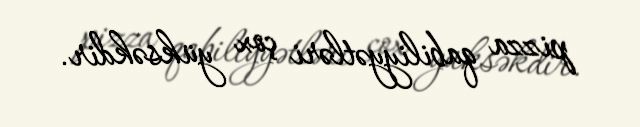
pizza qabiliyyətləri çox yüksəkdir.